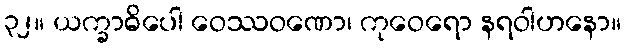
၃၂။ ယက္ခာဓိပေါ ဝေဿဝဏော၊ ကုဝေရော နရဝါဟနော။